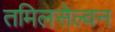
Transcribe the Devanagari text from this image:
तमिलसेल्वन